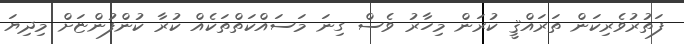
ފަތުރުވެރިކަން ތަރައްޤީ ކުރަން މިހާރު ވެސް ގިނަ މަސައްކަތްތަކެއް ކުރާ ކުންފުންޏަށް މިދިޔަ